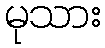
မုသား